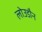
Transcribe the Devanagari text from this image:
लोउडौन